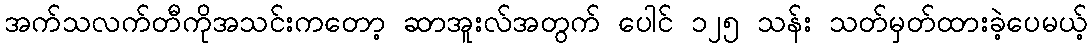
အက်သလက်တီကိုအသင်းကတော့ ဆာအူးလ်အတွက် ပေါင် ၁၂၅ သန်း သတ်မှတ်ထားခဲ့ပေမယ့်